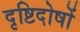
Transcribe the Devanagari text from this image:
दृष्टिदोषों